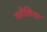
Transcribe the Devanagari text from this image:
गलीशिया